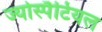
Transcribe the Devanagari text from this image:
ज्योस्पैटियल